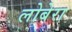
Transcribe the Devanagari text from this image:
लोबेरा